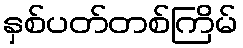
နှစ်ပတ်တစ်ကြိမ်